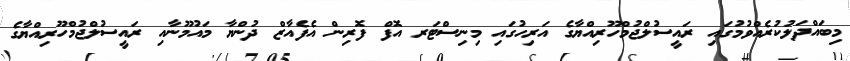
މިބައްދަލުކުރެއްވުމުގައި ރައީސުލްޖުމްހޫރިއްޔާގެ އަރިހުގައި މިނިސްޓަރ އޮފް ފޮރިން އެފެއާޒް ދުންޔާ މައުމޫނާއި ރައީސުލްޖުމްހޫރިއްޔާގެ